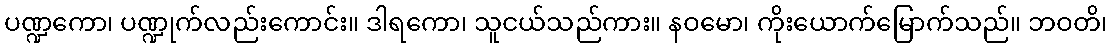
ပဏ္ဍကော၊ ပဏ္ဍုက်လည်းကောင်း။ ဒါရကော၊ သူငယ်သည်ကား။ နဝမော၊ ကိုးယောက်မြောက်သည်။ ဘဝတိ၊